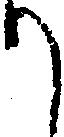
り